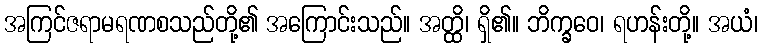
အကြင်ဇရာမရဏစသည်တို့၏ အကြောင်းသည်။ အတ္ထိ၊ ရှိ၏။ ဘိက္ခဝေ၊ ရဟန်းတို့။ အယံ၊